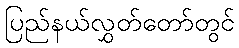
ပြည်နယ်လွှတ်တော်တွင်